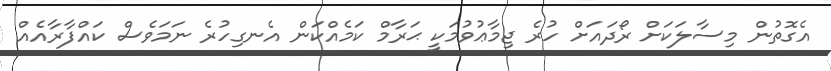
އެގޮތުން މިސާލަކަށް ރޯދައަށް ހުރެ ޖިމާޢުވުމަކީ ޙަރާމް ކަމެއްކަން އެނގިހުރެ ނަމަވެސް ކައްފާރާއެއް